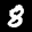
Label: 8